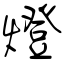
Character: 燈